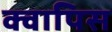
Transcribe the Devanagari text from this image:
क्वापिस